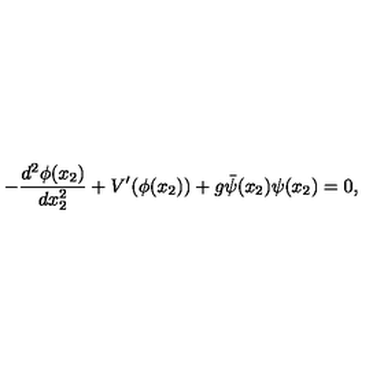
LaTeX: - \frac { d ^ { 2 } \phi ( x _ { 2 } ) } { d x _ { 2 } ^ { 2 } } + V ^ { \prime } ( \phi ( x _ { 2 } ) ) + g { \bar { \psi } } ( x _ { 2 } ) \psi ( x _ { 2 } ) = 0 ,